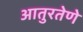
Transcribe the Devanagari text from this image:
आतुरतेणे